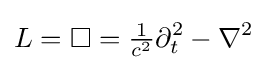
L=\square ={\tfrac {1}{c^{2}}}\partial _{t}^{2}-\nabla ^{2}